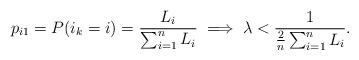
LaTeX: \begin{align*}p_{i1} = P(i_k = i) = \frac{L_i}{\sum_{i=1}^n L_i} \implies \lambda < \frac{1}{\frac{2}{n}\sum_{i=1}^n L_i}.\end{align*}